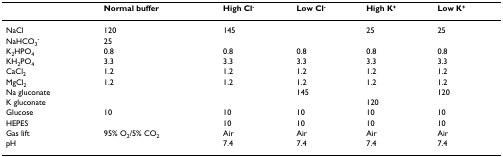
<table><thead><tr><td></td><td><b>Normal buffer</b></td><td><b>High Cl<sup>-</sup></b></td><td><b>Low Cl<sup>-</sup></b></td><td><b>High K<sup>+</sup></b></td><td><b>Low K<sup>+</sup></b></td></tr></thead><tbody><tr><td>NaCl</td><td>120</td><td>145</td><td></td><td>25</td><td>25</td></tr><tr><td>NaHCO<sub>3</sub><sup>-</sup></td><td>25</td><td></td><td></td><td></td><td></td></tr><tr><td>K<sub>2</sub>HPO<sub>4</sub></td><td>0.8</td><td>0.8</td><td>0.8</td><td>0.8</td><td>0.8</td></tr><tr><td>KH<sub>2</sub>PO<sub>4</sub></td><td>3.3</td><td>3.3</td><td>3.3</td><td>3.3</td><td>3.3</td></tr><tr><td>CaCl<sub>2</sub></td><td>1.2</td><td>1.2</td><td>1.2</td><td>1.2</td><td>1.2</td></tr><tr><td>MgCl<sub>2</sub></td><td>1.2</td><td>1.2</td><td>1.2</td><td>1.2</td><td>1.2</td></tr><tr><td>Na gluconate</td><td></td><td></td><td>145</td><td></td><td>120</td></tr><tr><td>K gluconate</td><td></td><td></td><td></td><td>120</td><td></td></tr><tr><td>Glucose</td><td>10</td><td>10</td><td>10</td><td>10</td><td>10</td></tr><tr><td>HEPES</td><td></td><td>10</td><td>10</td><td>10</td><td>10</td></tr><tr><td>Gas lift</td><td>95% O<sub>2</sub>/5% CO<sub>2</sub></td><td>Air</td><td>Air</td><td>Air</td><td>Air</td></tr><tr><td>pH</td><td></td><td>7.4</td><td>7.4</td><td>7.4</td><td>7.4</td></tr></tbody></table>